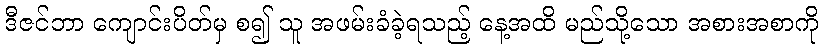
ဒီဇင်ဘာ ကျောင်းပိတ်မှ စ၍ သူ အဖမ်းခံခဲ့ရသည့် နေ့အထိ မည်သို့သော အစားအစာကို